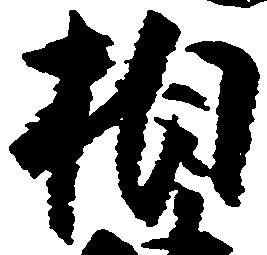
相